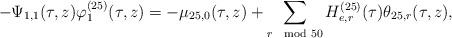
LaTeX: \begin{align*}-\Psi_{1,1}(\tau,z)\varphi_1^{(25)}(\tau,z)=-\mu_{25,0}(\tau,z)+\sum_{r\mod 50}H^{(25)}_{e,r}(\tau)\theta_{25,r}(\tau,z),\end{align*}